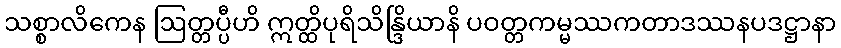
သစ္စာလိကေန ဩတ္တပ္ပီဟိ ဣတ္ထိပုရိသိန္ဒြိယာနိ ပဝတ္တကမ္မဿကတာဒဿနပဒဋ္ဌာနာ